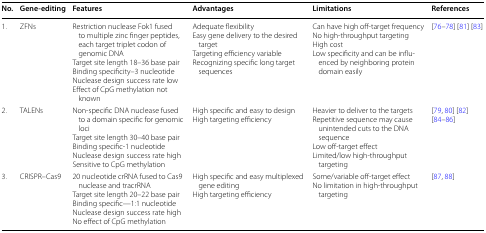
| No. | Gene-editing | Features | Advantages | Limitations | References |
 | --- | --- | --- | --- | --- | --- |
 | 1. | ZFNs | Restriction nuclease Fok1 fused to multiple zinc finger peptides, each target triplet codon of genomic DNATarget site length 18–36 base pairBinding specificity–3 nucleotideNuclease design success rate lowEffect of CpG methylation not known | Adequate flexibilityEasy gene delivery to the desired targetTargeting efficiency variableRecognizing specific long target sequences | Can have high off-target frequencyNo high-throughput targetingHigh costLow specificity and can be influenced by neighboring protein domain easily | [76–78] [81] [83] |
 | 2. | TALENs | Non-specific DNA nuclease fused to a domain specific for genomic lociTarget site length 30–40 base pairBinding specific-1 nucleotideNuclease design success rate highSensitive to CpG methylation | High specific and easy to designHigh targeting efficiency | Heavier to deliver to the targetsRepetitive sequence may cause unintended cuts to the DNA sequenceLow off-target effectLimited/low high-throughput targeting | [79, 80] [82][84–86] |
 | 3. | CRISPR–Cas9 | 20 nucleotide crRNA fused to Cas9 nuclease and tracrRNATarget site length 20–22 base pairBinding specific—1:1 nucleotideNuclease design success rate highNo effect of CpG methylation | High specific and easy multiplexed gene editingHigh targeting efficiency | Some/variable off-target effectNo limitation in high-throughput targeting | [87, 88] |